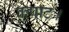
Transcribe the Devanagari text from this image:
कपाट।